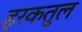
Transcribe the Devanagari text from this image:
हरकतुल